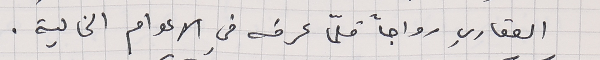
العقاري رواجاً قلّما عرفه في الاعوام الخالية.